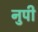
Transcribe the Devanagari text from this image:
नुपी